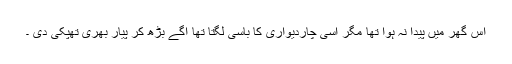
اس گھر میں پیدا نہ ہوا تھا مگر اسی چاردیواری کا باسی لگتا تھا آگے بڑھ کر پیار بھری تھپکی دی ۔